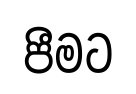
පීමට